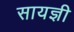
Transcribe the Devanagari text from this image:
सायज्ञी